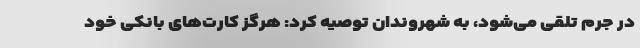
در جرم تلقی می‌شود، به شهروندان توصیه کرد: هرگز کارت‌های بانکی خود